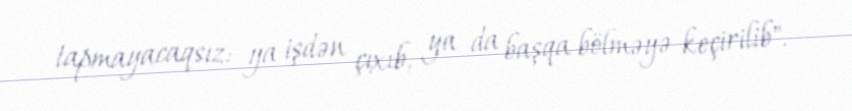
tapmayacaqsız: ya işdən çıxıb, ya da başqa bölməyə keçirilib".